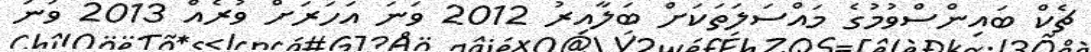
ޗެކް ބައިންސްވުމުގެ މައްސަލަތަކަށް ބަލާއިރު 2012 ވަނަ އަހަރަށް ވުރެއް 2013 ވަނަ